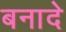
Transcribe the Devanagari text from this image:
बनादे